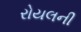
રોયલની